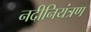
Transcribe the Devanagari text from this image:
नदीनियंत्रण